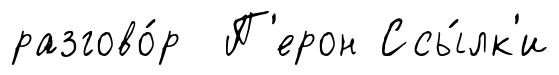
разгово́р П'ерон Ссы́лк'и